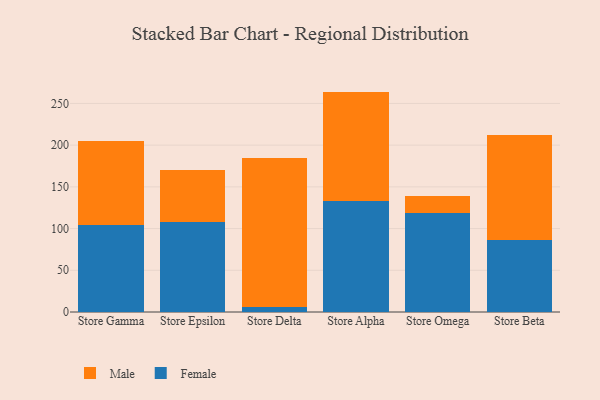
{"axis": {"x": "Store", "y": "Tickets Resolved"}, "legend": ["Female", "Male"], "data": [{"x": "Store Gamma", "y": 104.7, "type": "Female"}, {"x": "Store Gamma", "y": 99.7, "type": "Male"}, {"x": "Store Epsilon", "y": 108.3, "type": "Female"}, {"x": "Store Epsilon", "y": 62.4, "type": "Male"}, {"x": "Store Delta", "y": 6.1, "type": "Female"}, {"x": "Store Delta", "y": 178.8, "type": "Male"}, {"x": "Store Alpha", "y": 132.7, "type": "Female"}, {"x": "Store Alpha", "y": 131.5, "type": "Male"}, {"x": "Store Omega", "y": 118.3, "type": "Female"}, {"x": "Store Omega", "y": 20.2, "type": "Male"}, {"x": "Store Beta", "y": 86.6, "type": "Female"}, {"x": "Store Beta", "y": 125.9, "type": "Male"}]}